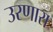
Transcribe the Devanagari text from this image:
उरणारा